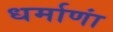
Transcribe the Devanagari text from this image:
धर्माणां